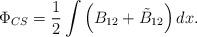
LaTeX: \begin{align*}\Phi_{CS}=\dfrac{1}{2}\int\left( B_{12}+\tilde{B}_{12}\right)dx.\end{align*}